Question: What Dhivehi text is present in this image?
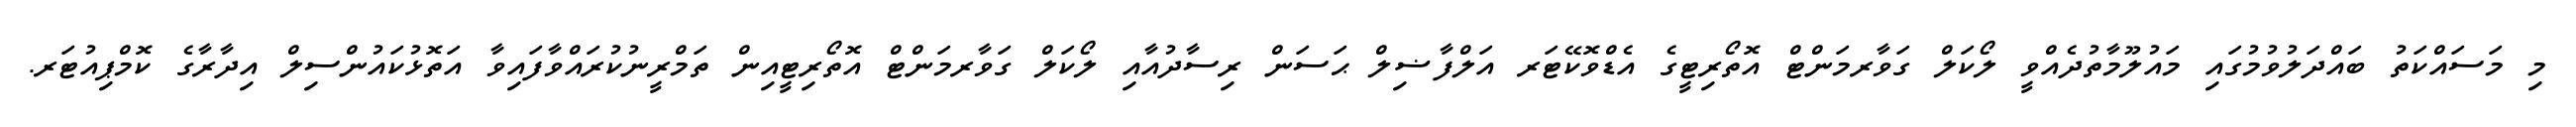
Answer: މި މަސައްކަތު ބައްދަލުވުމުގައި މައުލޫމާތުދެއްވީ ލޯކަލް ގަވާރމަންޓް އޮތޯރިޓީގެ އެޑްވޮކޭޓަރ އަލްފާޟިލް ޙަސަން ރިސާދުއާއި ލޯކަލް ގަވާރމަންޓް އޮތޯރިޓީއިން ތަމްރީނުކުރައްވާފައިވާ އަތޮޅުކައުންސިލް އިދާރާގެ ކޮމްޕިއުޓަރ.